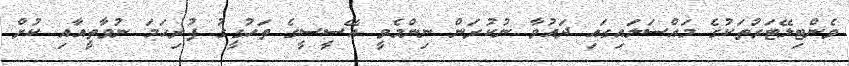
ވެންޓިލޭޓަރުތަކުގެ މައްސަލައިގައި ދައުވާ ނުކުރަން ނިންމެވީ އޭސީސީގެ ތަހުގީގު ފުރިހަމަ ނުވާތީއާއި ކުށް